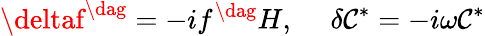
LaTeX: \deltaf^{\dag}=-if^{\dag}H,~~~~~\delta\mathcal{C}^{*}=-i\omega\mathcal{C}^{*}